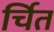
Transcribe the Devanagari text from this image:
र्चित